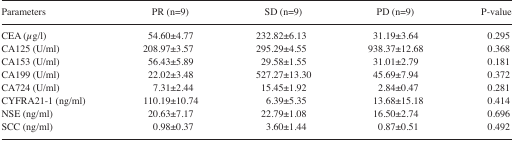
<table><thead><tr><td><b>Parameters</b></td><td><b>PR (n=9)</b></td><td><b>SD (n=9)</b></td><td><b>PD (n=9)</b></td><td><b>P-value</b></td></tr></thead><tbody><tr><td>CEA (μg/l)</td><td>54.60±4.77</td><td>232.82±6.13</td><td>31.19±3.64</td><td>0.295</td></tr><tr><td>CA125 (U/ml)</td><td>208.97±3.57</td><td>295.29±4.55</td><td>938.37±12.68</td><td>0.368</td></tr><tr><td>CA153 (U/ml)</td><td>56.43±5.89</td><td>29.58±1.55</td><td>31.01±2.79</td><td>0.181</td></tr><tr><td>CA199 (U/ml)</td><td>22.02±3.48</td><td>527.27±13.30</td><td>45.69±7.94</td><td>0.372</td></tr><tr><td>CA724 (U/ml)</td><td>7.31±2.44</td><td>15.45±1.92</td><td>2.84±0.47</td><td>0.281</td></tr><tr><td>CYFRA21-1 (ng/ml)</td><td>110.19±10.74</td><td>6.39±5.35</td><td>13.68±15.18</td><td>0.414</td></tr><tr><td>NSE (ng/ml)</td><td>20.63±7.17</td><td>22.79±1.08</td><td>16.50±2.74</td><td>0.696</td></tr><tr><td>SCC (ng/ml)</td><td>0.98±0.37</td><td>3.60±1.44</td><td>0.87±0.51</td><td>0.492</td></tr></tbody></table>